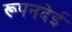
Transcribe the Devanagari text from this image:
रूपनदेई